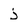
Character: j